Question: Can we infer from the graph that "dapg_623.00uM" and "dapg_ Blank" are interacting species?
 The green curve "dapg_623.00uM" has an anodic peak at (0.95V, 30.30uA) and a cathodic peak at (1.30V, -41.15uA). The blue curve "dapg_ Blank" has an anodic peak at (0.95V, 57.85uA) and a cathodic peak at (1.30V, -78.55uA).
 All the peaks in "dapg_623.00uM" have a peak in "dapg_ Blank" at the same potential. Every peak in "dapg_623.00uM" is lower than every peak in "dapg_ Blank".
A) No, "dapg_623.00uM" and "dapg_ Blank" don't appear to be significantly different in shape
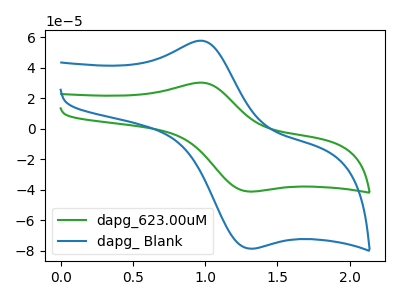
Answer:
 <answer>A) No, "dapg_623.00uM" and "dapg_ Blank" don't appear to be significantly different in shape</answer>
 <eval>A</eval>